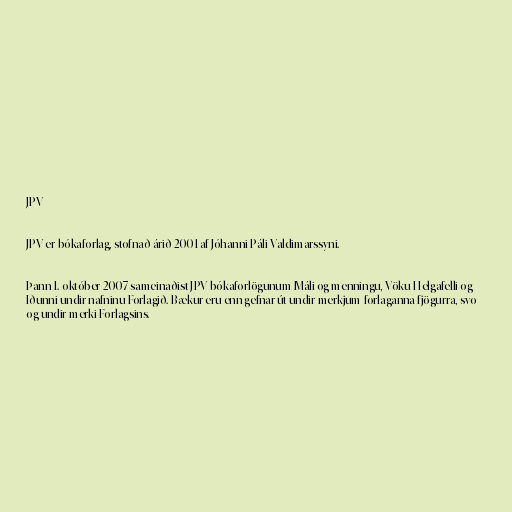
JPV

JPV er bókaforlag, stofnað árið 2001 af Jóhanni Páli Valdimarssyni.

Þann 1. október 2007 sameinaðist JPV bókaforlögunum Máli og menningu, Vöku-Helgafelli og
Iðunni undir nafninu Forlagið. Bækur eru enn gefnar út undir merkjum forlaganna fjögurra, svo
og undir merki Forlagsins.